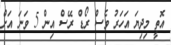
އޮތީ މިދިޔަ އަހަރު ވެސް ރޯޑް ރޭސް އިން 5 ވަނަ އަށް